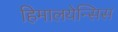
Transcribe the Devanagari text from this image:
हिमालयेन्सिस